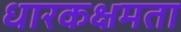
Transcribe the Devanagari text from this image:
धारकक्षमता